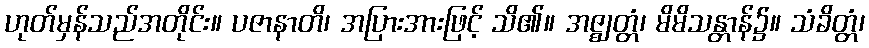
ဟုတ်မှန်သည်အတိုင်း။ ပဇာနာတိ၊ အပြားအားဖြင့် သိ၏။ အဇ္ဈတ္တံ၊ မိမိသန္တာန်၌။ သံခိတ္တံ၊